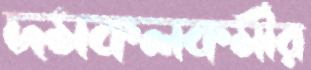
দমকলকর্মীর